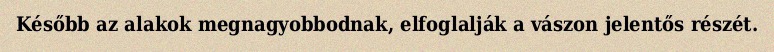
Később az alakok megnagyobbodnak, elfoglalják a vászon jelentős részét.